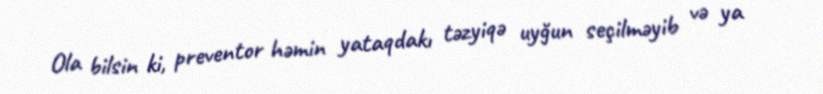
Ola bilsin ki, preventor həmin yataqdakı təzyiqə uyğun seçilməyib və ya